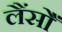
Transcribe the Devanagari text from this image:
लैंसोँ